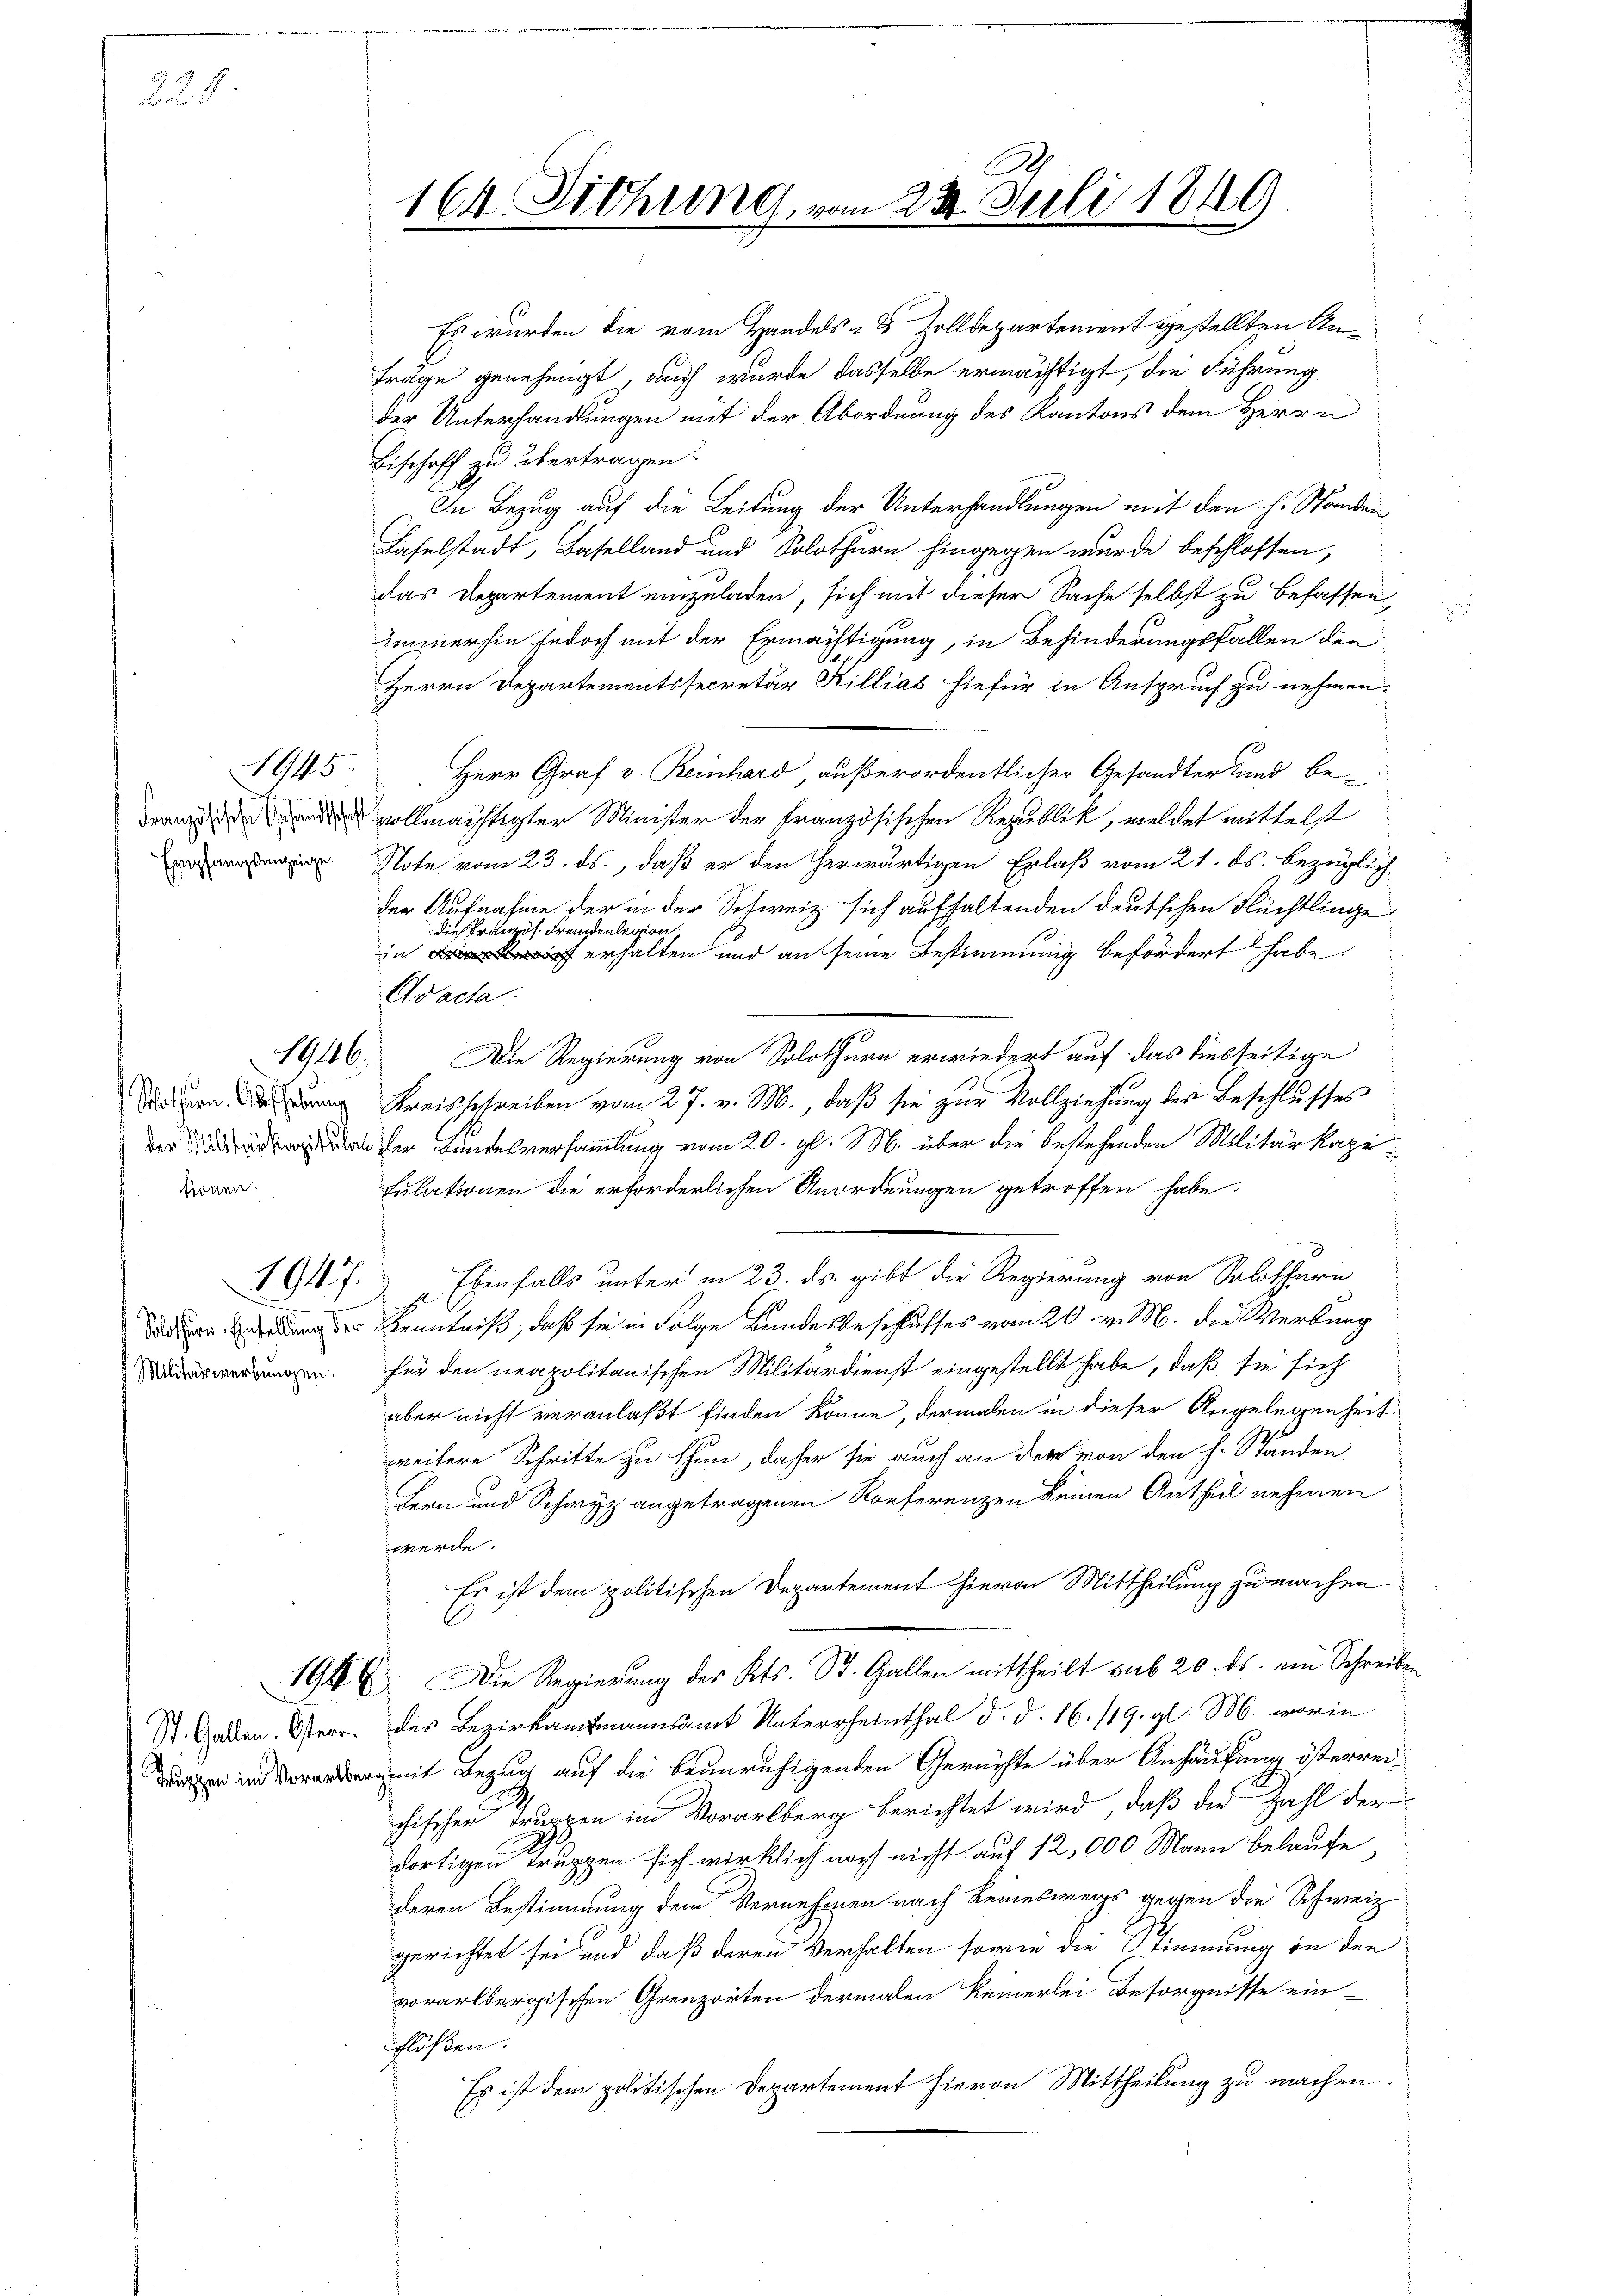
228

Empfangsanzeige.

1945

Slothurn. Aufhebung
tionen.

1947.

Militärwerbungen.

St. Gallen. Osterr.
Truppen im Vorarlbe

Es wurden die vom Handels- & Zolldepartement gestellten Anfräge genehmigt, auch wurde dasselbe ermächtigt, die Führung
der Unterhandlungen mit der Abordnung des Kantons dem Herrn
Bischoff zu übertragen.
In Bezug auf die Leitung der Unterhandlungen mit den h. Ständen,
Laselstadt, Baselland und Solothurn hingegen wurde beschlossen,
das Departement einzuladen, sich mit dieser Sache selbst zu befassen,
immerhin jedoch mit der Ermächtigung, in Behinderungsfallen den
Herrn Departementssecretär Rillias hiefür in Anspruch zu nehmen.
Herr Graf v. Reinhard, außerordentlicher Gesandter und be-
 vollmächtigter Minister der französischen Republik, meldet mittelst
Note vom 23. ds., daß er den Gerwärtigen Erlaß vom 21. ds. bezüglich
der Aufnahme der in der Schweiz sich aufhaltenden deutschen Flüchtlinge
die Kränzes. Fremdenlegion,
in erhalten und an seine Bestimmung befördert habe.
Avacta.
1946. Die Regierung von Solothurn erwiedert auf das diesseitige
Kreisschreiben vom 27. v. M., daß sie zur Vollziehung des Beschlusses
rer Bundesversammlung vom 20. gl. M. über die bestehenden Militärkapi¬
Fulationen die erforderlichen Anordnungen getroffen habe.
 Ebenfalls unter in 23. ds. gibt die Regierung von Solothurn
dauer an der Kenntniß, daß sie in Folge Bandesbeschlusses vom 20. v. M. die Werbung
für den neapolitanischen Militärdienst eingestellt habe, daß sie sich
aber nicht veranlaßt finden könne, dermalen in dieser Angelegenheit
weitere Schritte zu thun, daher sie auch an der von den H. Ständen
Bern und Schwyz angetragenen Konferenzen keinen Antheil nehmen
werde.
Es ist dem politischen Departement hievon Mittheilung zu machen
1946. Die Regierung des Kts. St. Gallen mittheilt sub 20. ds. ein Schreiben
des Bezirkamtmannsamt Unterrheinthal d. d. 16./19. gl. M. worin
romit Bezug auf die beunruhigenden Gerichte über Anhäufung österreid
chischen Truppen im Vorarlberg berichtet wird, daß die Zahl der
dortigen Truppen sich wirklich noch nicht auf 12,000 Mann belaufe,
deren Bestimmung dem Vernehmen nach Reineswegs gegen die Schweiz
gerichtet sei und daß deren Verhalten sowie die Stimmung in den
vorarlbergischen Grenzorten dermalen keinerlei Besorgnisse ein-
flößen.
Es ist dem politischen Departement hievon Mittheilung zu machen.

164. Diehung, vom 23. Juli 1849